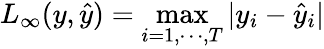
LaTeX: L_{\infty}(y,\hat{y})=\operatorname*{max}_{i=1,\cdots,T}|y_{i}-\hat{y}_{i}|